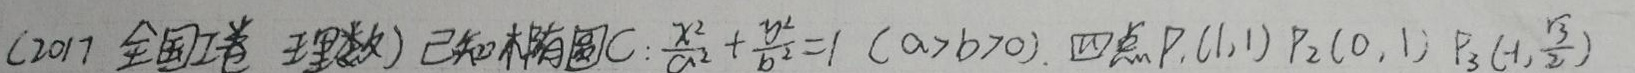
(2017 全国Ⅱ卷 理数) 已知椭圆$C:\frac{x^{2}}{a^{2}}+\frac{y^{2}}{b^{2}} = 1\ (a > b > 0)$. 四点$P_1(1,1)$，$P_2(0,1)$，$P_3(-1,\frac{\sqrt{3}}{2})$